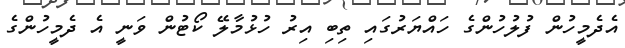
އެދެމީހުން ފުލުހުންގެ ހައްޔަރުގައި ތިބި އިރު ހުޅުމާލޭ ކޯޓުން ވަނީ އެ ދެމީހުންގެ